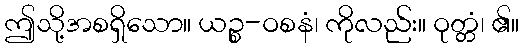
ဤသို့အစရှိသော။ ယဉ္စ-ဝစနံ၊ ကိုလည်း။ ဝုတ္တံ၊ ၏။